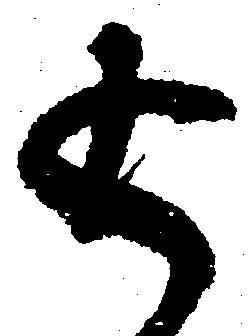
返